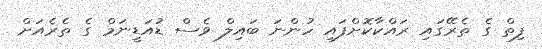
ފިތް ގެ ތެރޭގައި ރައްކާކޮށްފައި ހުންނަ ބައިލް ވެސް ޑުއަޑީނަމް ގެ ތެރެއަށް